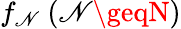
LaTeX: f_{\mathscr{N}}\ (\mathscr{N}\geqN)